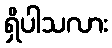
ရှိပါသလား